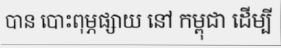
បាន បោះពុម្ភផ្សាយ នៅ កម្ពុជា ដើម្បី